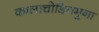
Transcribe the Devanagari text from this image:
कालाचोडितमुना